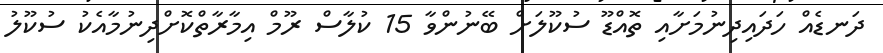
ދަނޑެއް ހަދައިދިނުމަށާއި ތޮއްޑޫ ސުކޫލަށް ބޭނުންވާ 15 ކުލާސް ރޫމް އިމާރާތްކޮށްދިނުމާއެކު ސުކޫލު